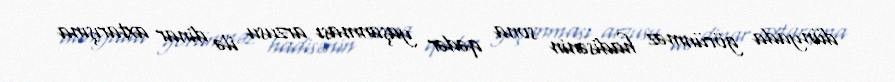
dünyada görünməz hadisənin sona qədər yaşanması arzusu ilə dinar axtarışına